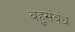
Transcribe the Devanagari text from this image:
बहुसंबंध